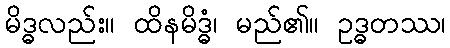
မိဒ္ဓလည်း။ ထိနမိဒ္ဓံ၊ မည်၏။ ဥဒ္ဓတဿ၊